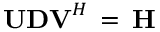
\mathbf { U D V } ^ { H } \, = \, \mathbf { H }